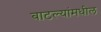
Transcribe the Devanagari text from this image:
बाटल्यांमधील